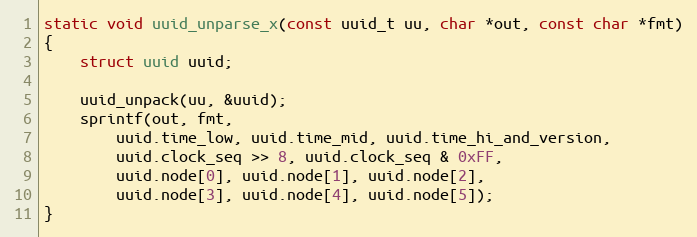
Language: C
static void uuid_unparse_x(const uuid_t uu, char *out, const char *fmt)
{
	struct uuid uuid;

	uuid_unpack(uu, &uuid);
	sprintf(out, fmt,
		uuid.time_low, uuid.time_mid, uuid.time_hi_and_version,
		uuid.clock_seq >> 8, uuid.clock_seq & 0xFF,
		uuid.node[0], uuid.node[1], uuid.node[2],
		uuid.node[3], uuid.node[4], uuid.node[5]);
}